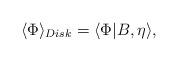
LaTeX: \begin{align*}\langle \Phi \rangle_{Disk} = \langle \Phi|B, \eta\rangle,\end{align*}